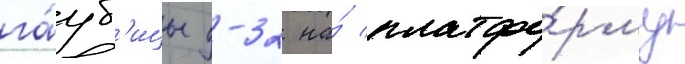
га́уб'ицы д-32 на́ платфо́рму